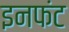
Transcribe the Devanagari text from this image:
इनफंट